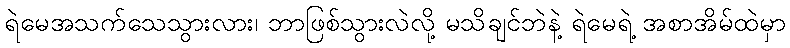
ရဲမေအသက်သေသွားလား၊ ဘာဖြစ်သွားလဲလို့ မသိချင်ဘဲနဲ့ ရဲမေရဲ့ အစာအိမ်ထဲမှာ